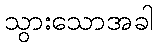
သွားသောအခါ